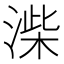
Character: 𭱨